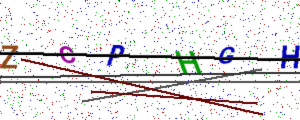
Text: ZCPHGH